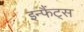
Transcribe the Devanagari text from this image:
इन्फैंट्स